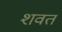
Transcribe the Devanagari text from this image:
शवत